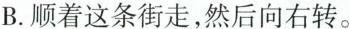
B.顺着这条街走，然后向右转。